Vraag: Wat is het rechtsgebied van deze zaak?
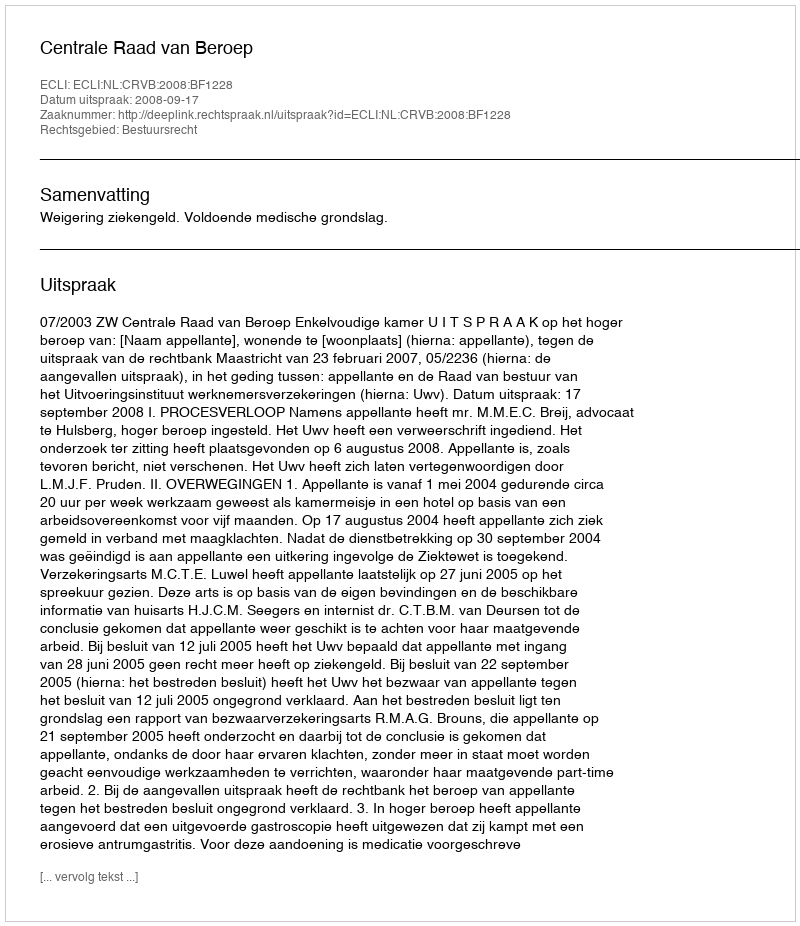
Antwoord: Bestuursrecht